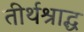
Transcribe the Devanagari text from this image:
तीर्थश्राद्ध